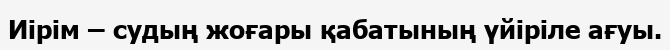
Иірім – судың жоғары қабатының үйіріле ағуы.